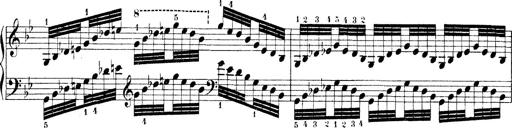
Title: Technische Studien
Composer: Franz Liszt